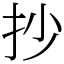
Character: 抄